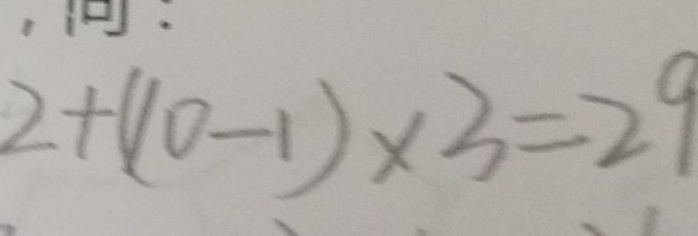
2 + ( 1 0 - 1 ) \times 3 = 2 9